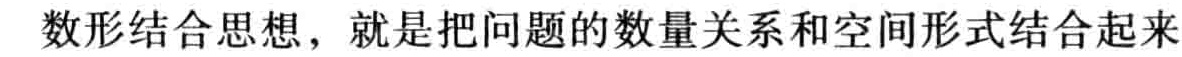
数形结合思想，就是把问题的数量关系和空间形式结合起来